Report on sanitation, dispensaries, and jails in Rajputana for 1910, and on vaccination for the year 1910-1911 - 1910-1911
Year: 1910
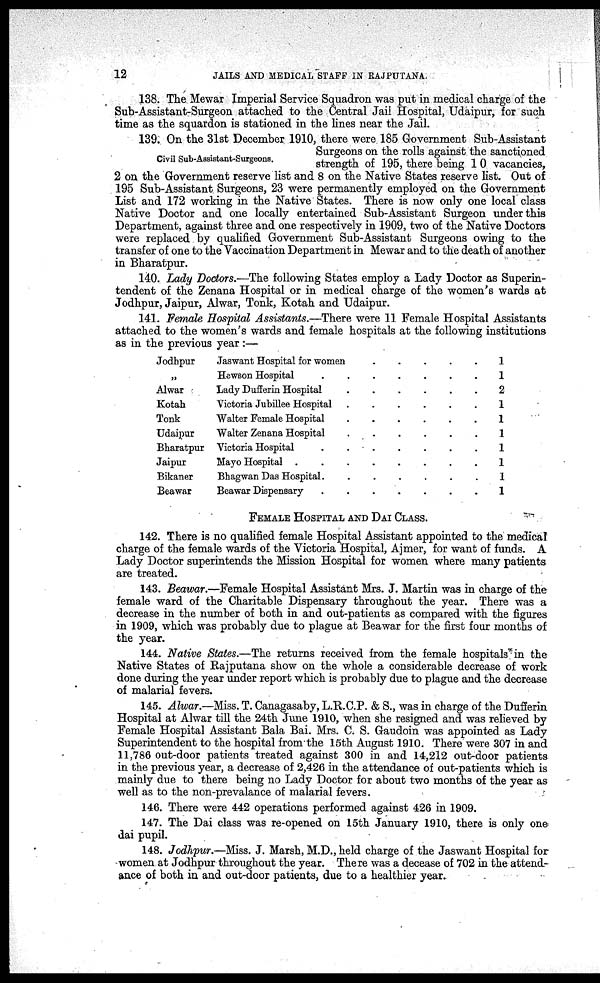
12
JAILS AND MEDICAL STAFF IN RAJPUTANA.
138. The Mewar Imperial Service Squadron was put in medical charge of the
Sub-Assistant-Surgeon attached to the Central Jail Hospital, Udaipur, for such
time as the squardon is stationed in the lines near the Jail.
Civil Sub-Assistant-Surgeons.
139. On the 31st December 1910, there were 185 Government Sub-Assistant
Surgeons on the rolls against the sanctioned
strength of 195, there being 10 vacancies,
2 on the Government reserve list and 8 on the Native States reserve list. Out of
195 Sub-Assistant Surgeons, 23 were permanently employed on the Government
List and 172 working in the Native States. There is now only one local class
Native Doctor and one locally entertained Sub-Assistant Surgeon under this
Department, against three and one respectively in 1909, two of the Native Doctors
were replaced by qualified Government Sub-Assistant Surgeons owing to the
transfer of one to the Vaccination Department in Mewar and to the death of another
in Bharatpur.
140. Lady Doctors.—The following States employ a Lady Doctor as Superin-
tendent of the Zenana Hospital or in medical charge of the women's wards at
Jodhpur, Jaipur, Alwar, Tonk, Kotah and Udaipur.
141. Female Hospital Assistants.—There were 11 Female Hospital Assistants
attached to the women's wards and female hospitals at the following institutions
as in the previous year:—
Jodhpur
„
Alwar
Kotah
Tonk
Udaipur
Bharatpur
Jaipur
Bikaner
Beawar
Jaswant Hospital for women
.
.
.
.
.
Hewson Hospital
.
.
.
.
.
.
.
Lady Dufferin Hospital
.
.
.
.
.
.
Victoria Jubillee Hospital
.
.
.
.
.
.
Walter Female Hospital . . .
.
.
.
Walter Zenana Hospital
.
.
.
.
.
.
Victoria Hospital
.
.
.
.
.
.
.
Mayo Hospital .
.
.
.
.
.
.
.
Bhagwan Das Hospital.
.
.
.
.
.
.
Beawar Dispensary
.
.
.
.
.
.
.
1
1
2
1
1
1
1
1
1
1
FEMALE HOSPITAL AND DAI CLASS.
142. There is no qualified female Hospital Assistant appointed to the medical
charge of the female wards of the Victoria Hospital, Ajmer, for want of funds. A
Lady Doctor superintends the Mission Hospital for women where many patients
are treated.
143. Beawar.—Female Hospital Assistant Mrs. J. Martin was in charge of the
female ward of the Charitable Dispensary throughout the year. There was a
decrease in the number of both in and out-patients as compared with the figures
in 1909, which was probably due to plague at Beawar for the first four months of
the year.
144. Native States.—The returns received from the female hospitals in the
Native States of Rajputana show on the whole a considerable decrease of work
done during the year under report which is probably due to plague and the decrease
of malarial fevers.
145. Alwar.—Miss. T. Canagasaby, L.R.C.P. & S., was in charge of the Dufferin
Hospital at Alwar till the 24th June 1910, when she resigned and was relieved by
Female Hospital Assistant Bala Bai. Mrs. C. S. Gaudoin was appointed as Lady
Superintendent to the hospital from the 15th August 1910. There were 307 in and
11,786 out-door patients treated against 300 in and 14,212 out-door patients
in the previous year, a decrease of 2,426 in the attendance of out-patients which is
mainly due to there being no Lady Doctor for about two months of the year as
well as to the non-prevalance of malarial fevers.
146. There were 442 operations performed against 426 in 1909.
147. The Dai class was re-opened on 15th January 1910, there is only one
dai pupil.
148. Jodhpur.—Miss. J. Marsh, M.D., held charge of the Jaswant Hospital for
women at Jodhpur throughout the year. There was a decease of 702 in the attend-
ance of both in and out-door patients, due to a healthier year.